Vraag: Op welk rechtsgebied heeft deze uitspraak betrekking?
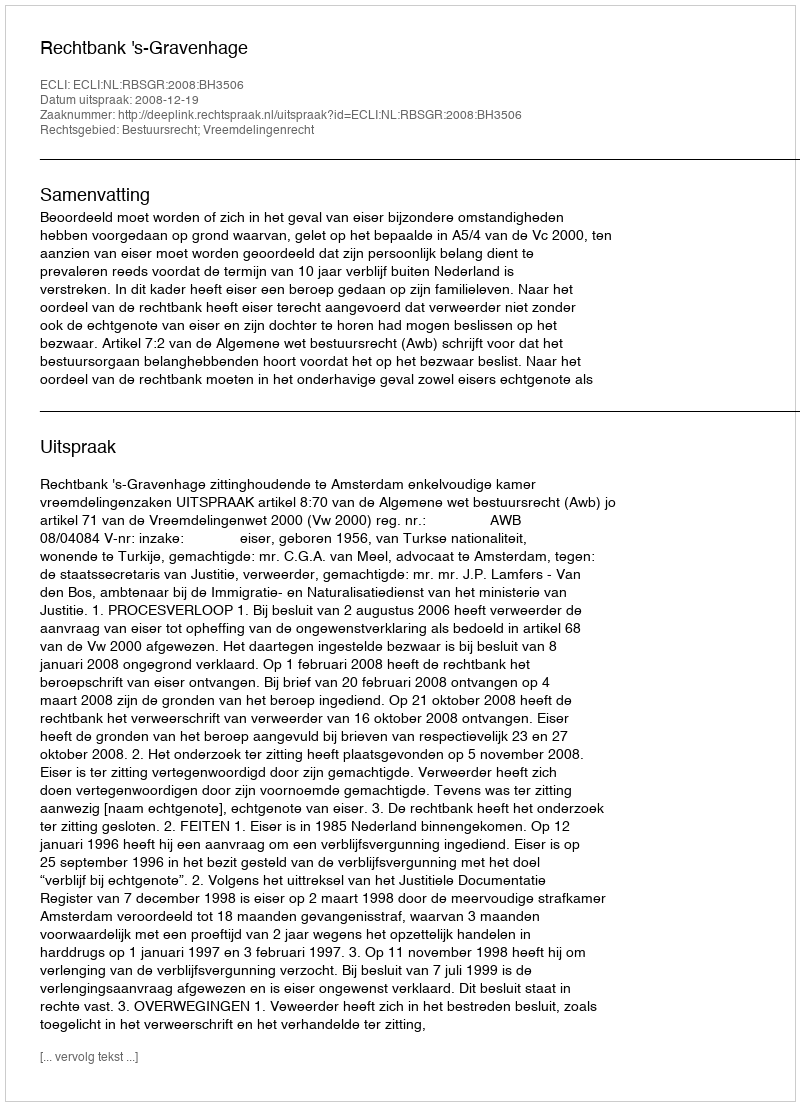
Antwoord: Bestuursrecht; Vreemdelingenrecht